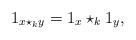
LaTeX: \begin{align*}1_{x\star_k y} = 1_x \star_k 1_y,\end{align*}